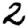
Digit: 2